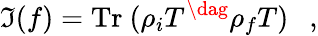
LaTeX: \mathfrak{I}(f)=\mathrm{{Tr}}~(\rho_{i}{T}^{\dag}\rho_{f}T)~~~,